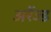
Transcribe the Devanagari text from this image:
अरेंज्ड